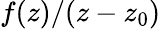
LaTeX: f(z)/(z-z_{0})